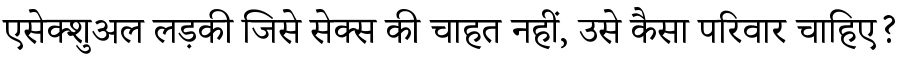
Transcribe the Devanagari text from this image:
एसेक्शुअल लड़की जिसे सेक्स की चाहत नहीं, उसे कैसा परिवार चाहिए?